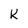
Character: K